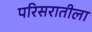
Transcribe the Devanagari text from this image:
परिसरातीला